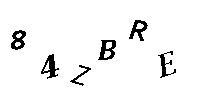
84ZBRE